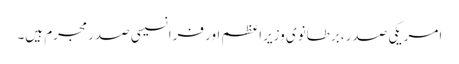
امریکی صدر، برطانوی وزیراعظم اور فرانسیسی صدر مجرم ہیں۔